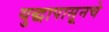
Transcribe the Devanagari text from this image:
युद्धापासूनचे